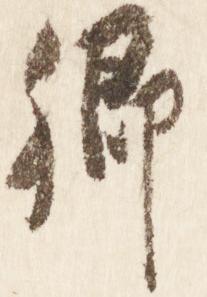
卿